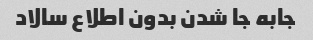
جابه جا شدن بدون اطلاع سالاد